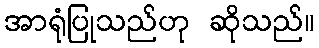
အာရုံပြုသည်ဟု ဆိုသည်။